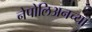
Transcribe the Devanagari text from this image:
नेपोलिअनच्या